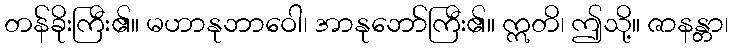
တန်ခိုးကြီး၏။ မဟာနုဘာဝေါ၊ အာနုဘော်ကြီး၏။ ဣတိ၊ ဤသို့။ ဇာနန္တာ၊